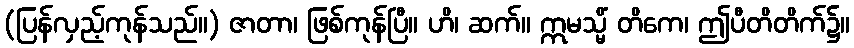
(ပြန်လှည့်ကုန်သည်။) ဇာတာ၊ ဖြစ်ကုန်ပြီ။ ဟိ၊ ဆက်။ ဣမသ္မိံ တိကေ၊ ဤပီတိတိက်၌။